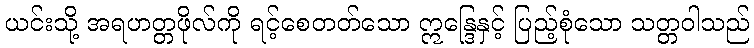
ယင်းသို့ အရဟတ္တဖိုလ်ကို ရင့်စေတတ်သော ဣန္ဒြေနှင့် ပြည့်စုံသော သတ္တဝါသည်